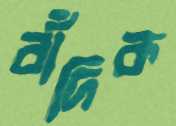
বাঁদিক